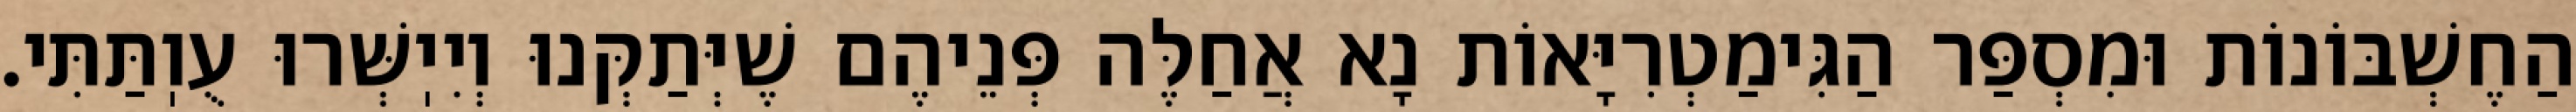
הַחֶשְׁבּוֹנוֹת וּמִסְפַּר הַגִּימַטְרִיָּאוֹת נָא אֲחַלֶּה פְּנֵיהֶם שֶׁיְּתַקְּנוּ וְיִיֽשְּׁרוּ עֻוֽתַּתִּי.